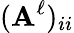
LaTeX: (\mathbf{A}^{\ell})_{ii}